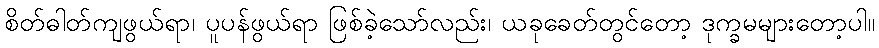
စိတ်ဓါတ်ကျဖွယ်ရာ၊ ပူပန်ဖွယ်ရာ ဖြစ်ခဲ့သော်လည်း၊ ယခုခေတ်တွင်တော့ ဒုက္ခမများတော့ပါ။